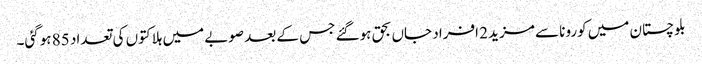
بلوچستان میں کورونا سے مزید 2 افراد جاں بحق ہوگئے جس کے بعد صوبے میں ہلاکتوں کی تعداد 85 ہوگئی۔